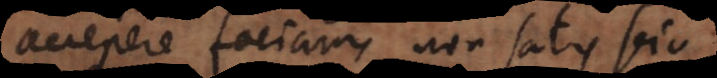
accepere faciam, non satis scio.